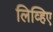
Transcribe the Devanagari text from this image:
लिव्हिए